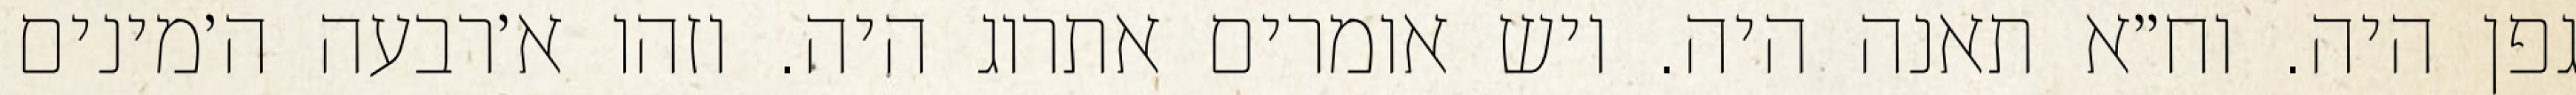
גפן היה. וח״א תאנה היה. ויש אומרים אתרוג היה. וזהו א׳רבעה ה׳מינים